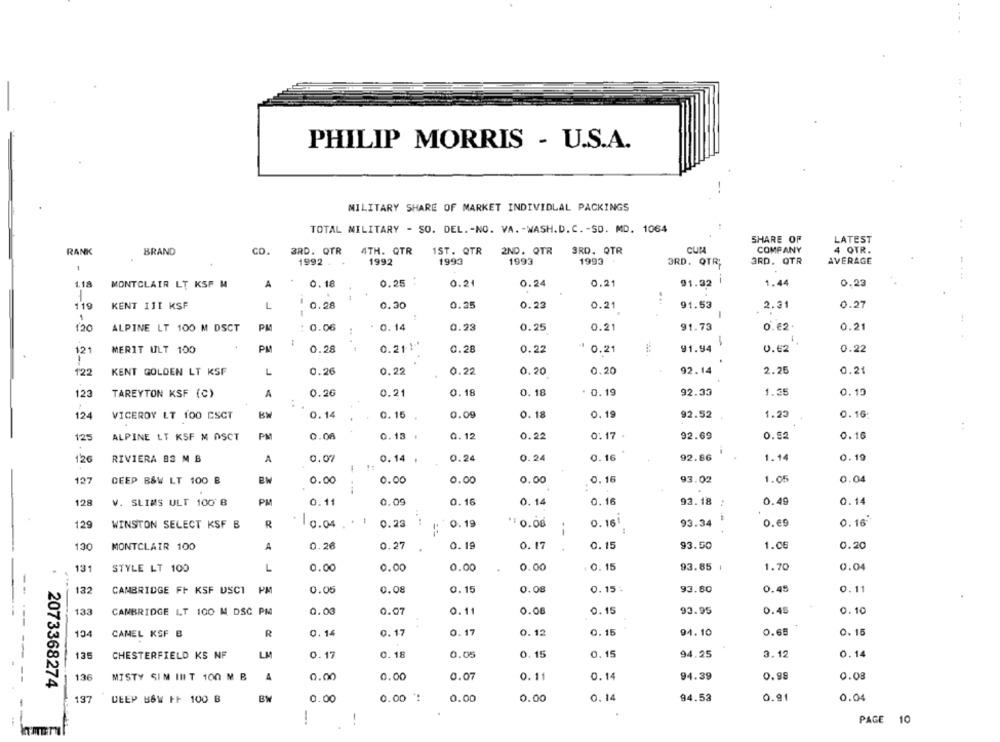
...
PHILIP MORRIS - U.S.A.
MILITARY SHARE OF MARKET INDIVIDLAL PACKINGS
TOTAL MILITARY - SO. DEL. - NO. VA. - WASH.D. C. - SO. MD. 1064
. .
SHARE OF
LATEST
RANK
BRAND
CD.
3RD. QTR
4TH. QTR
1ST. QTR
2ND. QTR
3RD. QTR
CUMA
COMPANY
4 QTR.
AVERAGE
1
1992 .
.
1992
1993
1993
1993
3RD. QTR;
3RD. QTR
1.18
0.25 :
0.21
0.24
0.21
91.32
1.44
0.23
MONTCLAIR LT KSF H
A
0.18
1
119
KENT 111 KSF
L
0.28
0.30
0.35
0.23
91.53
0.27
0.21
2.31
1
-
PM
: 0.06
0.14
0.23
0.25
0.21
91.73
0.62.
0.21
120
ALPINE LT 100 M DSCT
:
-
MERIT ULT 100
0.28
0.211 -*
0.28
91.94
0.62
0.22
121
0.22
1 0.21
122
KENT GOLDEN LT KSF
L
0.26
0.22
0.22
0.20
0.20
92.14
2.25
0.21
123
TAREYTON KSF (C)
A
0.26
0.21
0.18
0.18
* 0.19
92.33
1.35
0.15
124
VICEROY LT 100 ESCT
KW
0.14
0.15
0.09
0. 18
0.19
92.52
1.23
0.16
125
ALPINE LT KSF M DSCT
PM
0.06
0.13 .
0.12
0.22
0.17 .
92.69
0.52
0.16
126
RIVIERA 83 M B
A
0.07
0.14 .
0.24
0.24
0.16
92.86
1.14
0.19
1
127
DEEP B&W LT 100 B
0.00
0.00
0.00
0.00
0.16
93.02
1.05
0.04
128
V. SLIMS ULT 100 B
PM
0.11
0.09
0.16
0.14
0.16
93.18
0.49
0.14
-
129
WINSTON SELECT KSF B
R
. 10.04.
0.23
0. 19
*$0.08
0. 161
93.34
0.69
0.16'
--
130
MONTCLAIR 100
A
0.26
0.27
0. 19
0. 17
0.15
93.50
1.06
0.20
131
STYLE LT 100
L
0.00
0.00
0.00
0.00
0.15
93.85 |
1.70
0.04
132
CAMBRIDGE FF KSF USCT
0.05
0.08
0.15
0.08
0.15%
93.80
0.45
0.11
133
CAMBRIDGE LT 100 M DSC PM
0.00
0.07
0.11
0.08
0.15
93.95
0.45
0.10
0.15
104
CANEL KSF B
R
0.14
0.17
0.17
0.12
94.10
0.65
0. 15
135
LM
0. 17
0. 18
0.05
0. 15
0.15
94.25
3.12
0.14
CHESTERFIELD KS NF
136
A
0.00
0.00
0.11
0.14
94.39
0.98
0.08
MISTY SIM INIT 100 M B
0.07
2073368274
BW
0.00
0.00 *
0.00
0.00
0.14
94.53
0.91
0.04
137
DEEP B&W FF 100 B
PAGE 10